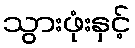
သွားဖုံးနှင့်